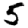
Digit: 5